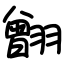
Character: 䎖